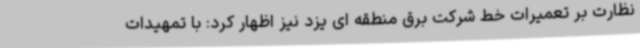
نظارت بر تعمیرات خط شرکت برق منطقه ای یزد نیز اظهار کرد: با تمهیدات